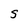
Character: S